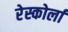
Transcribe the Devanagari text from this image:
रेस्कोर्ला